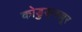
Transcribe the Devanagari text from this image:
कोडुङ्ङल्लूर